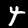
Label: 4